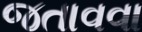
જતાવવા